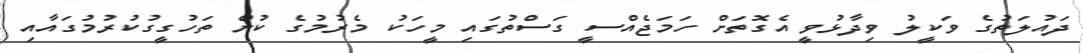
ދައުލަތުގެ ވަކީލު ވިދާޅުވީ އެގޮތަށް ހަމަޖެއްސީ ގަސްތުގައި މީހަކު މެރުމުގެ ކުށް ތަހުގީގުކުރުމުގައާއި